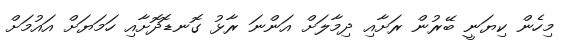
މިހެން ކިޔަނީ ބޭރުން ރަށާއި ދިމާލަށް އަންނަ ރާޅު ގޮނޑޮދޮށާއި ހަމަޔަށް އައުމަށް